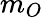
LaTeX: m_{O}